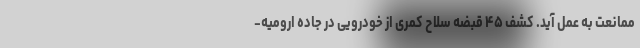
ممانعت به عمل آید. کشف ۴۵ قبضه سلاح کمری از خودرویی در جاده ارومیه-